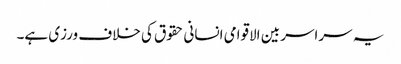
یہ سراسر بین الاقوامی انسانی حقوق کی خلاف ورزی ہے۔